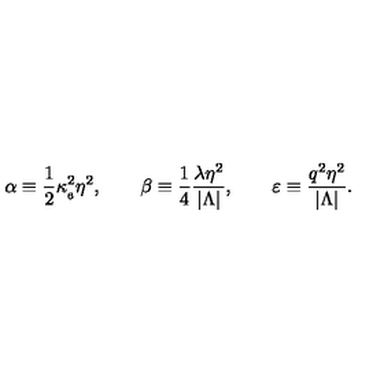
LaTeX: \alpha \equiv \frac { 1 } { 2 } \kappa _ { _ 6 } ^ { 2 } \eta ^ { 2 } , \qquad \beta \equiv \frac { 1 } { 4 } \frac { \lambda \eta ^ { 2 } } { | \Lambda | } , \qquad \varepsilon \equiv \frac { q ^ { 2 } \eta ^ { 2 } } { | \Lambda | } .